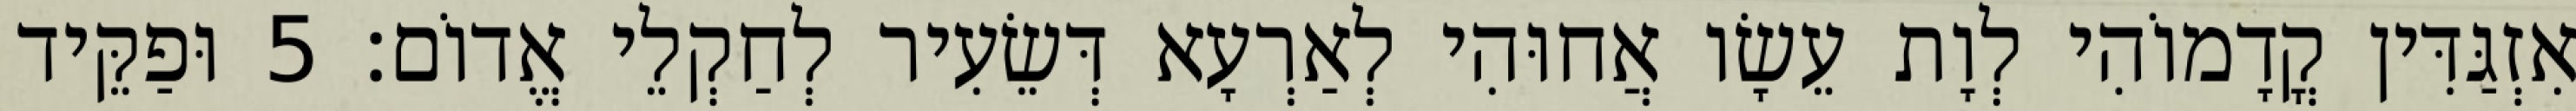
אִזְגַּדִּין קֳדָמוֹהִי לְוָת עֵשָׂו אֲחוּהִי לְאַרְעָא דְּשֵׂעִיר לְחַקְלֵי אֱדוֹם׃ 5 וּפַקֵּיד